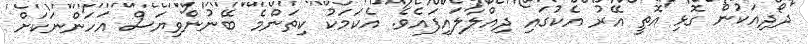
ދޯދިއަކުން ގޮޅި އޮތީ އޭރު އެކުގައި ދިއްލާލައިފައެވެ. އެކަމަކު ކިތަންމެ ބޭނުންވިޔަސް އަހަންނަކަށް